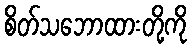
စိတ်သဘောထားတို့ကို